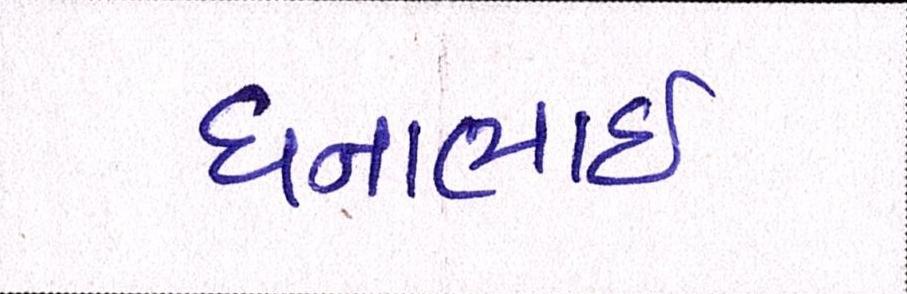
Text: ધનાભાઇ